Annual administration and progress report of the Indian Medical Department, Bombay
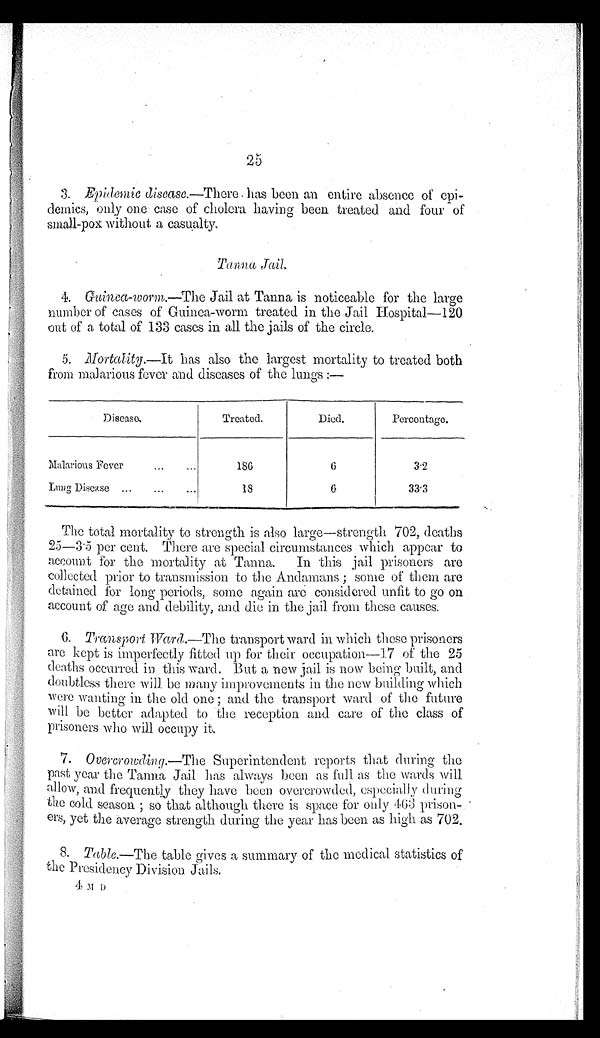
Epidemic disease .—There has been an entire absence of
epi-demics, only one case of cholera having been treated and four of
small-pox without a casualty.
Tanna Jail.
4.
Guinea-worm.—The
Jail at Tanna is noticeable for the large
number of cases of Guinea-worm treated in the Jail Hospital—120
out of a total of 133 cases in all the jails of the circle.
5. MortaIity.—It has also the largest mortality to treated both
from malarious fever and diseases of the lungs:—
Disease.
Treated.
D i e d .
Percentage.
Malarious Fever
186
6
3 . 2
Lung Disease
1 8
6
33.3
The total mortality to strength is also large—strength 702, deaths
25-3 . 5 per cent. There are special circumstances which appear to
account for the mortality at Tanna. In this jail prisoners are
collected prior to transmission to the Andamans; some of them are
detained for long periods, some again are considered unfit to go on
account of age and debility, and die in the jail from these, causes.
6. Transport Ward.—The transport ward in which these prisoners
are kept is imperfectly fitted up for their occupation—17 of the 25
deaths occurred in this ward. But a new jail is now being built, and
doubtless there will be many improvements in the new building which
were wanting in the old one; and the transport ward of the future
will be better adapted to the reception and care of the class of
prisoners who will occupy it.
7. Overcrowding.—The Superintendent reports that during the
past year the Tanna Jail has always been as full as the wards will
allow, and frequently they have been overcrowded, especially during
the cold season; so that although there is space for only 408 prison-
ers , yet the average strength during the year has been as high as 702.
8. Table.—The table gives a summary of the medical statistics of
the Presidency Division Jails.
4 M D